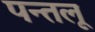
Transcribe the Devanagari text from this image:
पन्तलू